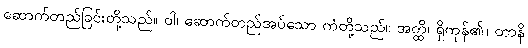
ဆောက်တည်ခြင်းတို့သည်။ ဝါ၊ ဆောက်တည်အပ်သော ကံတို့သည်။ အတ္ထိ၊ ရှိကုန်၏။ တာနိ